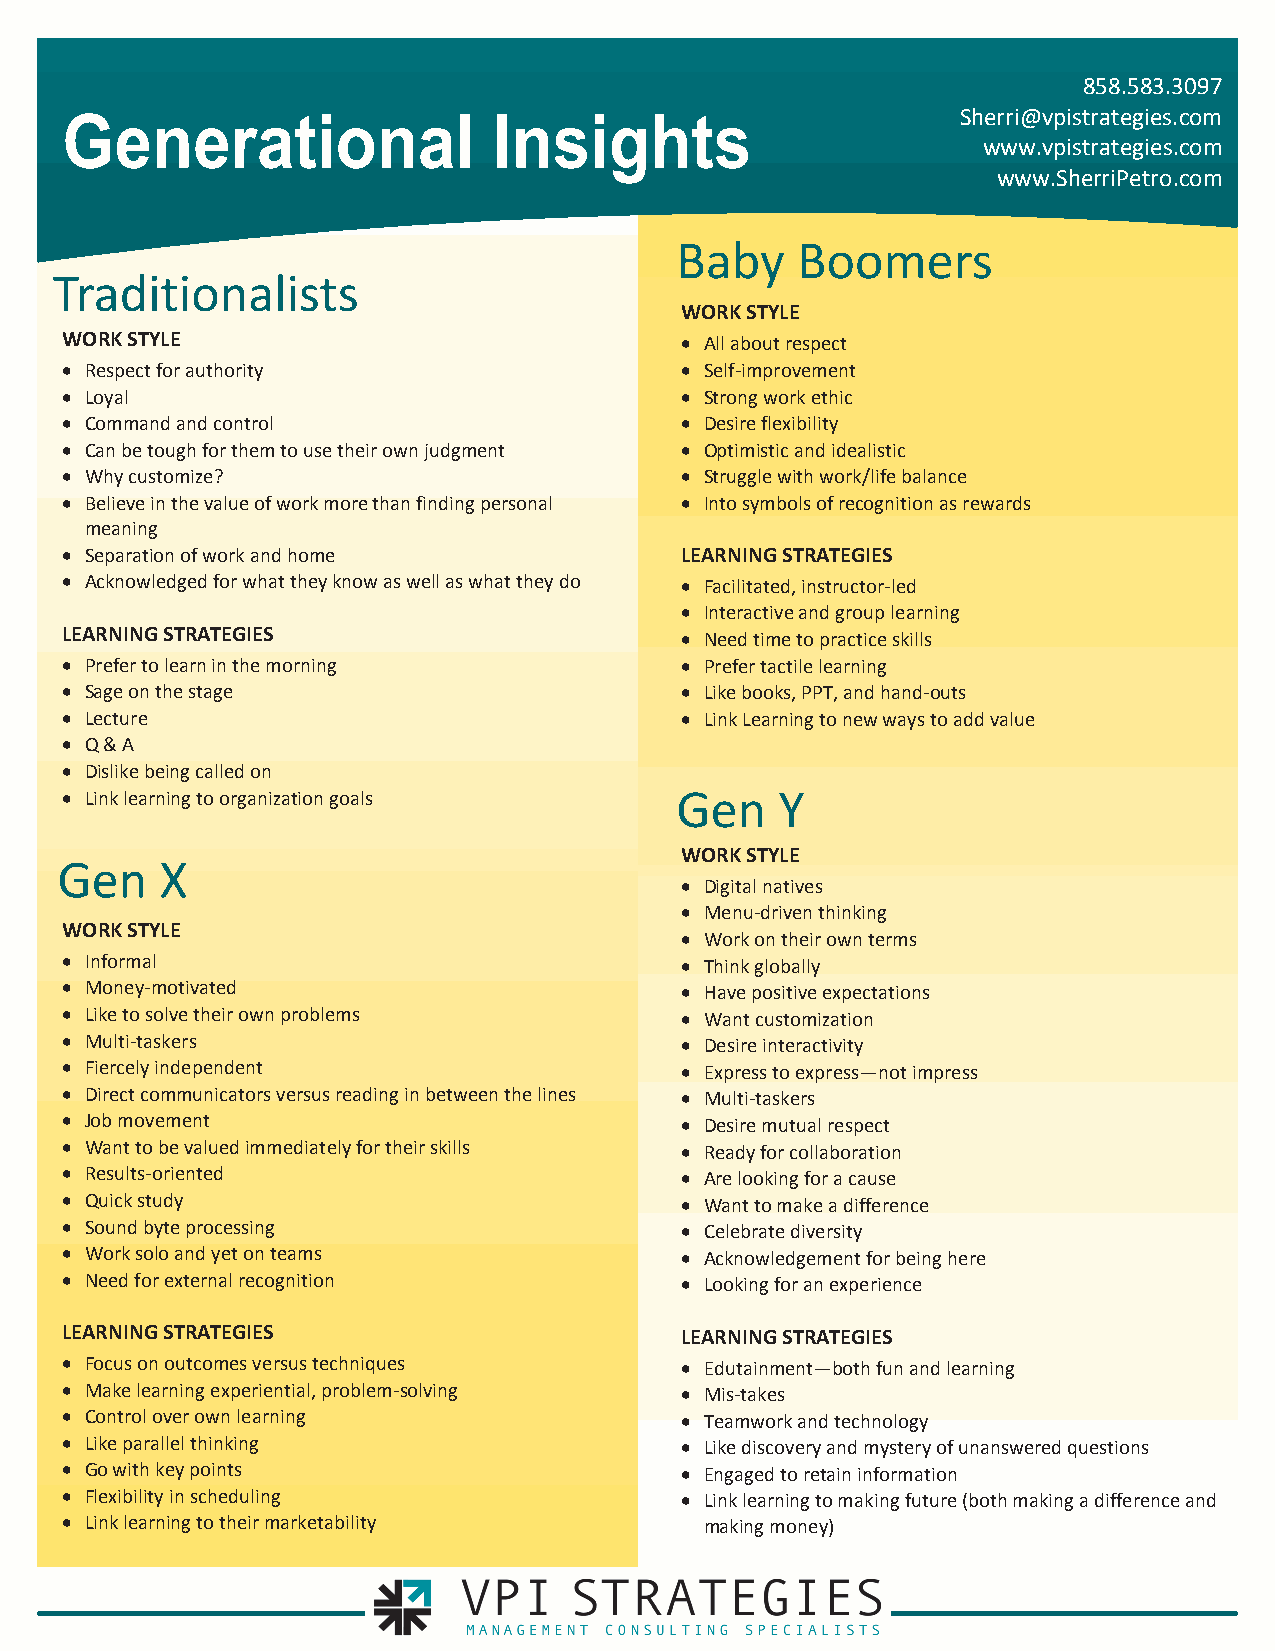
858.583.3097
 Generational                 Insights                       Sherri@vpistrategies.com
 www.vpistrategies.com
 www.SherriPetro.com
 Baby    Boomers
 Traditionalists
 WORK STYLE
 WORK STYLE                                All about respect
  Respect for authority                   Self-improvement
  Loyal                                   Strong work ethic
  Command and control                     Desire flexibility
  Can be tough for them to use their own judgment  Optimistic and idealistic
  Why customize?                          Struggle with work/life balance
  Believe in the value of work more than finding personal  Into symbols of recognition as rewards
 meaning
  Separation of work and home            LEARNING STRATEGIES
  Acknowledged for what they know as well as what they do  Facilitated, instructor-led
  Interactive and group learning
 LEARNING STRATEGIES                       Need time to practice skills
  Prefer to learn in the morning          Prefer tactile learning
  Sage on the stage                       Like books, PPT, and hand-outs
  Lecture                                 Link Learning to new ways to add value
  Q & A
  Dislike being called on
  Link learning to organization goals    Gen    Y
 WORK STYLE
 Gen    X
  Digital natives
  Menu-driven thinking
 WORK STYLE
  Work on their own terms
  Informal                                Think globally
  Money-motivated                         Have positive expectations
  Like to solve their own problems        Want customization
  Multi-taskers                           Desire interactivity
  Fiercely independent                    Express to express—not impress
  Direct communicators versus reading in between the lines  Multi-taskers
  Job movement                            Desire mutual respect
  Want to be valued immediately for their skills  Ready for collaboration
  Results-oriented                        Are looking for a cause
  Quick study                             Want to make a difference
  Sound byte processing                   Celebrate diversity
  Work solo and yet on teams              Acknowledgement for being here
  Need for external recognition           Looking for an experience
 LEARNING STRATEGIES                      LEARNING STRATEGIES
  Focus on outcomes versus techniques     Edutainment—both fun and learning
  Make learning experiential, problem-solving  Mis-takes
  Control over own learning               Teamwork and technology
  Like parallel thinking                  Like discovery and mystery of unanswered questions
  Go with key points                      Engaged to retain information
  Flexibility in scheduling               Link learning to making future (both making a difference and
  Link learning to their marketability     making money)